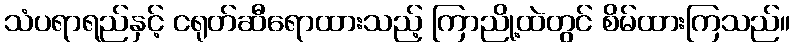
သံပရာရည်နှင့် ငရုတ်ဆီရောထားသည့် ကြာညို့ထဲတွင် စိမ်ထားကြသည်။